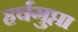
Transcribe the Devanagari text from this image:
हर्षगुप्ता